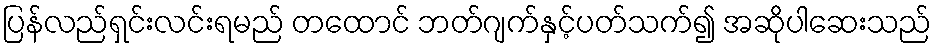
ပြန်လည်ရှင်းလင်းရမည် တထောင် ဘတ်ဂျက်နှင့်ပတ်သက်၍ အဆိုပါဆေးသည်